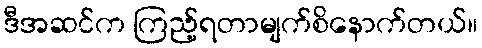
ဒီအဆင်က ကြည့်ရတာမျက်စိနောက်တယ်။